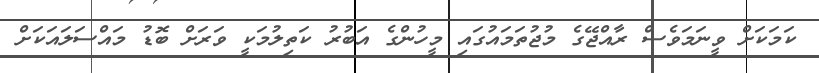
ކަމަކަށް ވީނަމަވެސް ރާއްޖޭގެ މުޖުތަމައުގައި މީހުންގެ އަބުރު ކަތިލުމަކީ ވަރަށް ބޮޑު މައްސަލައަކަށް